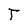
Character: T